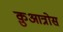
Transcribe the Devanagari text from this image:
क़ुआत्रोस